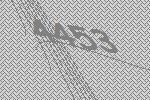
4453